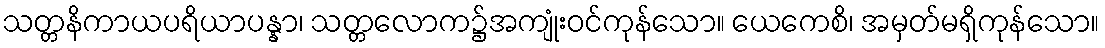
သတ္တနိကာယပရိယာပန္နာ၊ သတ္တလောက၌အကျုံးဝင်ကုန်သော။ ယေကေစိ၊ အမှတ်မရှိကုန်သော။